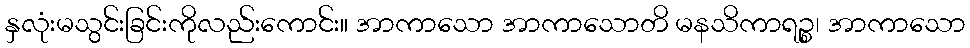
နှလုံးမသွင်းခြင်းကိုလည်းကောင်း။ အာကာသော အာကာသောတိ မနသိကာရဉ္စ၊ အာကာသော